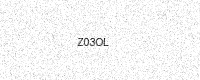
Text: Z03OL